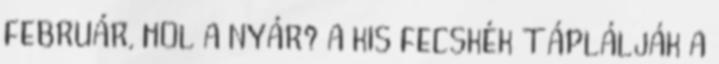
FEBRUÁR, HOL A NYÁR? A KIS FECSKÉK TÁPLÁLJÁK A